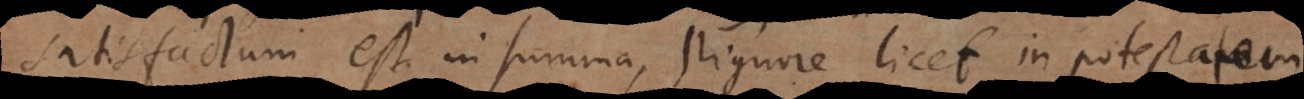
satisfactum est in summa, pignore licet in potestatem